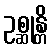
ဥစ္ဆုန္တိ